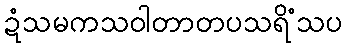
ဍံသမကသဝါတာတပသရိံသပ